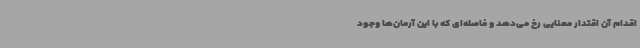
اقدام آن اقتدار معنایی رخ می‌دهد و فاصله‌ای که با این آرمان‌ها وجود